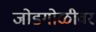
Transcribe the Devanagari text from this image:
जोडगोळीवर